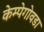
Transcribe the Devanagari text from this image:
केम्पेगोवडा